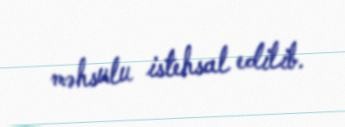
məhsulu istehsal edilib.